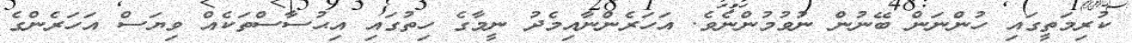
ކުރިމަތީގައި ހުންނަން ބޭނުން ނުވުމުންނެވެ. އަހަރެންނާއިމެދު ނީމާގެ ހިތުގައި އިޙުސާސްތަކެއް ވިޔަސް އަހަރެންގެ